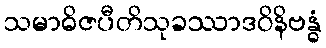
သမာဓိဇပီတိသုခဿာဒဝိနိဗန္ဓံ